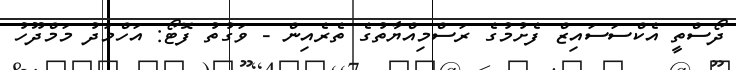
ދޯސްތީ އެކްސަސައިޒް ފެށުމުގެ ރަސްމިއްޔާތުގެ ތެރެއިން - ވަގުތު ފޮޓޯ: އަހްމަދު މަމްދޫހު